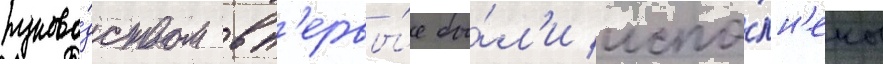
руково́дством вп'ервы́е бы́л'и испо́лн'ены